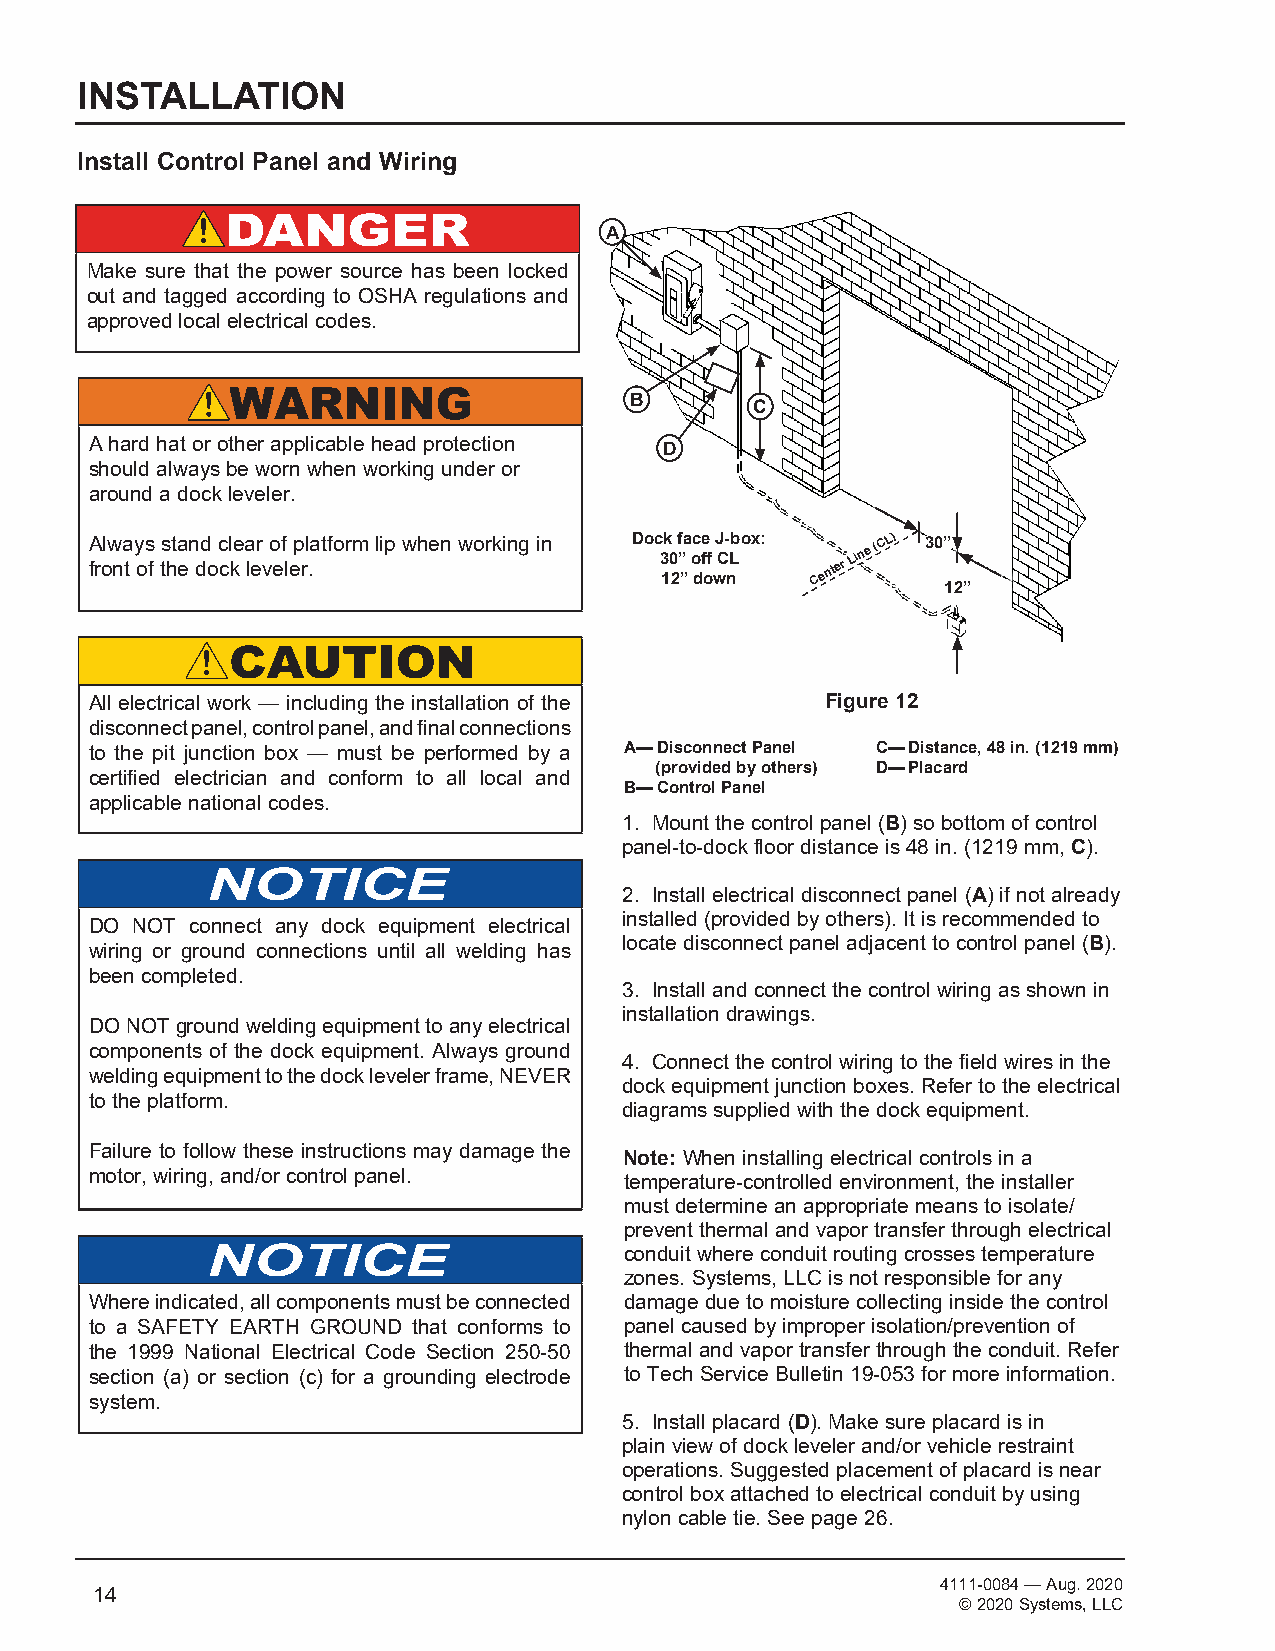
INSTALLATION
 Install Control Panel and Wiring
 A
 Make sure that the power source has been locked
 out and tagged according to OSHA regulations and
 approved local electrical codes.
 B
 C
 A hard hat or other applicable head protection
 D
 should always be worn when working under or
 around a dock leveler.
 A frolw na
 t
 y os
 f
 ts hta en dd
 o
 c cl ke a ler
 v
 o ef
 l
 ep rl .atform lip when working in Doc
 3
 1k
 0
 2
 f
 ”
 ”a oc dffe
 o
 wJ C- nLbox:
 Center
 Line
 (CL) 30”
 12”
 All electrical work — including the installation of the Figure 12
 disconnect panel, control panel, and final connections
 to the pit junction box — must be performed by a A— Disconnect Panel C— Distance, 48 in. (1219 mm)
 (provided by others) D— Placard
 certified electrician and conform to all local and
 B— Control Panel
 applicable national codes.
 1. Mount the control panel (B) so bottom of control
 panel-to-dock floor distance is 48 in. (1219 mm, C).
 2. Install electrical disconnect panel (A) if not already
 installed (provided by others). It is recommended to
 DO NOT connect any dock equipment electrical
 locate disconnect panel adjacent to control panel (B).
 wiring or ground connections until all welding has
 been completed.
 3. Install and connect the control wiring as shown in
 installation drawings.
 DO NOT ground welding equipment to any electrical
 components of the dock equipment. Always ground
 4. Connect the control wiring to the field wires in the
 welding equipment to the dock leveler frame, NEVER
 dock equipment junction boxes. Refer to the electrical
 to the platform.
 diagrams supplied with the dock equipment.
 Failure to follow these instructions may damage the
 Note: When installing electrical controls in a
 motor, wiring, and/or control panel.
 temperature-controlled environment, the installer
 must determine an appropriate means to isolate/
 prevent thermal and vapor transfer through electrical
 conduit where conduit routing crosses temperature
 zones. Systems, LLC is not responsible for any
 Where indicated, all components must be connected damage due to moisture collecting inside the control
 to a SAFETY EARTH GROUND that conforms to panel caused by improper isolation/prevention of
 the 1999 National Electrical Code Section 250-50 thermal and vapor transfer through the conduit. Refer
 section (a) or section (c) for a grounding electrode to Tech Service Bulletin 19-053 for more information.
 system.
 5. Install placard (D). Make sure placard is in
 plain view of dock leveler and/or vehicle restraint
 operations. Suggested placement of placard is near
 control box attached to electrical conduit by using
 nylon cable tie. See page 26.
 4111-0084 — Aug. 2020
 14
 © 2020 Systems, LLC